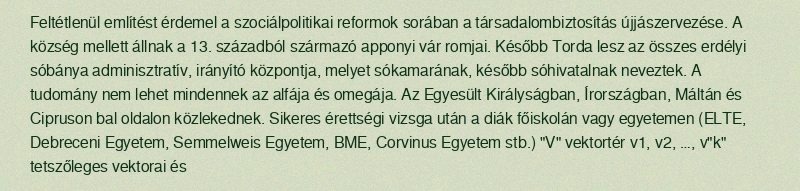
Feltétlenül említést érdemel a szociálpolitikai reformok sorában a társadalombiztosítás újjászervezése. A község mellett állnak a 13. századból származó apponyi vár romjai. Később Torda lesz az összes erdélyi sóbánya adminisztratív, irányító központja, melyet sókamarának, később sóhivatalnak neveztek. A tudomány nem lehet mindennek az alfája és omegája. Az Egyesült Királyságban, Írországban, Máltán és Cipruson bal oldalon közlekednek. Sikeres érettségi vizsga után a diák főiskolán vagy egyetemen (ELTE, Debreceni Egyetem, Semmelweis Egyetem, BME, Corvinus Egyetem stb.) "V" vektortér v1, v2, …, v"k" tetszőleges vektorai és